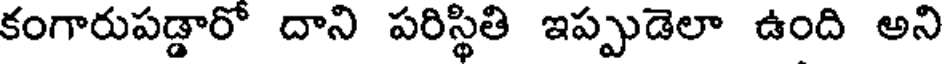
కంగారుపడ్డారో దాని పరిస్థితి ఇప్పుడెలా ఉంది అని